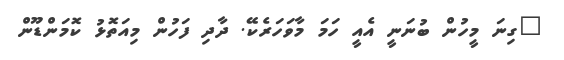
"ގިނަ މީހުން ބުނަނީ އެއީ ހަމަ މާވަހަރެކޭ. ދާދި ފަހުން މިއަތޮޅު ކޮމަންޑޫން